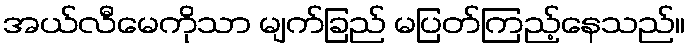
အယ်လီမေကိုသာ မျက်ခြည် မပြတ်ကြည့်နေသည်။